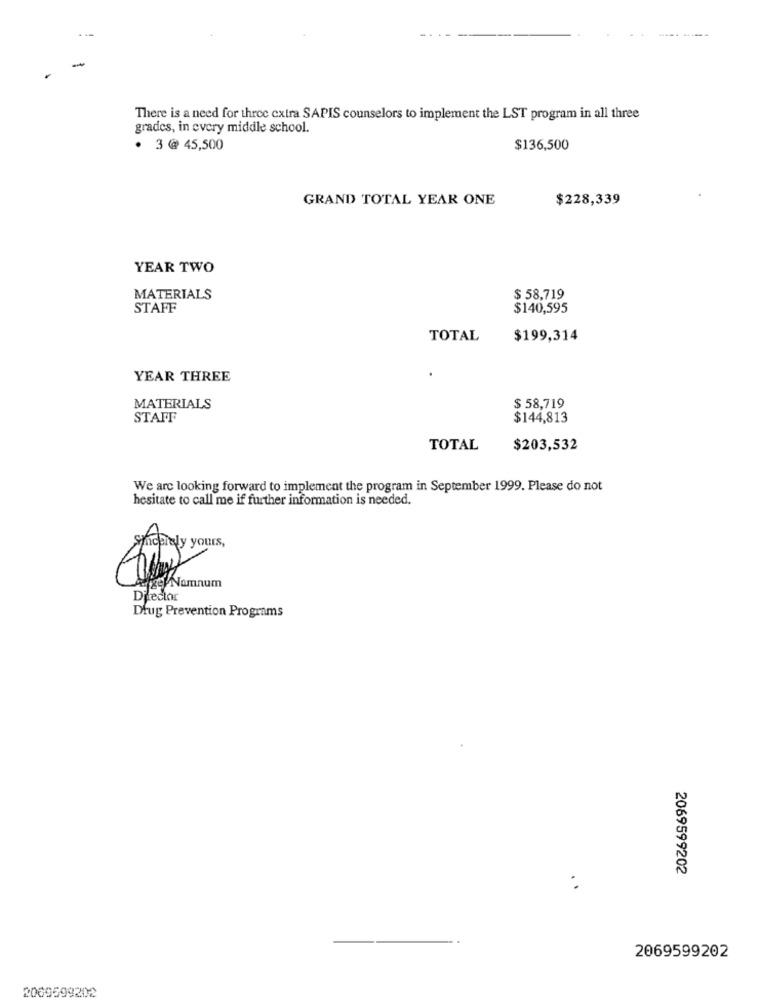
There is a need for three extra SAPIS counselors to implement the LST program in all three
grades, in every middle school.
· 3 @ 45,500
$136,500
GRAND TOTAL YEAR ONE
$228,339
YEAR TWO
$ 58,719
MATERIALS
STAFF
$140,595
TOTAL
$199,314
YEAR THREE
$ 58,719
MATERIALS
STAFF
$144,813
TOTAL
$203,532
We are looking forward to implement the program in September 1999. Please do not
hesitate to call me if further information is needed.
mooiely yours,
eget Namnum
Directo
Drug Prevention Programs
2069599202
2069599202
2009599202